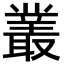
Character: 叢